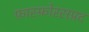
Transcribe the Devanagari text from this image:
फ़ास्फ़ोरसप्रद